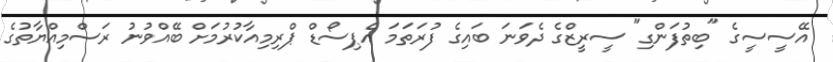
އޭސީސީގެ "ބިތުފަންގި" ސީރީޒްގެ ދެވަނަ ބައިގެ ފުރަތަމަ އެޕިސޯޑް ޕްރިމިއާކުރުމަށް ބޭއްވުނު ރަސްމިއްޔާތުގެ